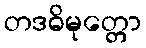
တဒဓိမုတ္တော